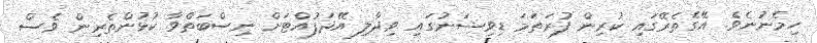
ހިމެނުނެވެ. އޭގެތެރޭގައި ކުރިން ފުރަތަމަ ޑިވިޝަނުގައި ވިދާލި އޭދަފުއްޓަށް ނިސްބަތްވާ ކުޅުންތެރިން ވެސް